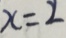
x = 2